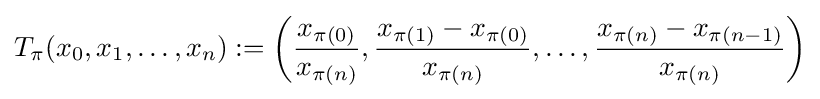
T_{\pi }(x_{0},x_{1},\dots ,x_{n}):=\left({\frac {x_{\pi (0)}}{x_{\pi (n)}}},{\frac {x_{\pi (1)}-x_{\pi (0)}}{x_{\pi (n)}}},\dots ,{\frac {x_{\pi (n)}-x_{\pi (n-1)}}{x_{\pi (n)}}}\right)